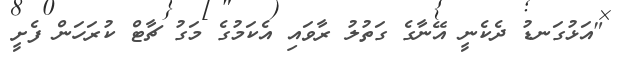
"އަޅުގަނޑު ދެކެނީ އޭނާގެ ގަތުލު ރާވައި އެކަމުގެ މަގު ޗާޓް ކުރަހަން ފެށީ